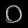
Digit: ၀